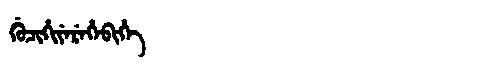
Manchu: ᡤᡠᠴᡳᡥᡳᠶᡝᡵᡝᡥᡝᠪᡳᡥᡝ
Romanization: GUCIHIYEREHEBIHE